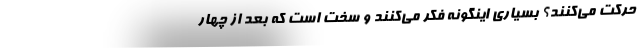
حرکت می‌کنند؟ بسیاری اینگونه فکر می‌کنند و سخت است که بعد از چهار